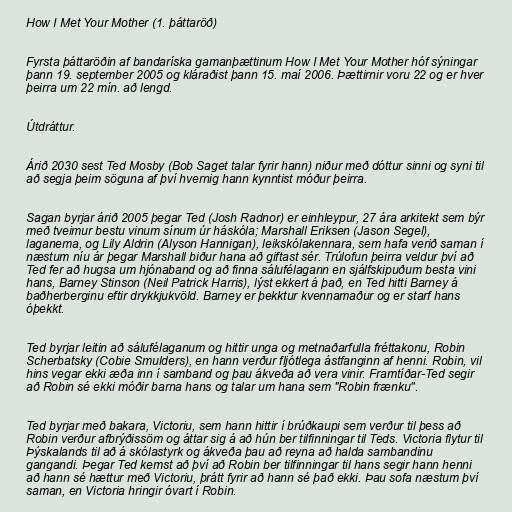
How I Met Your Mother (1. þáttaröð)

Fyrsta þáttaröðin af bandaríska gamanþættinum How I Met Your Mother hóf sýningar
þann 19. september 2005 og kláraðist þann 15. maí 2006. Þættirnir voru 22 og er hver
þeirra um 22 mín. að lengd.

Útdráttur.

Árið 2030 sest Ted Mosby (Bob Saget talar fyrir hann) niður með dóttur sinni og syni til
að segja þeim söguna af því hvernig hann kynntist móður þeirra.

Sagan byrjar árið 2005 þegar Ted (Josh Radnor) er einhleypur, 27 ára arkitekt sem býr
með tveimur bestu vinum sínum úr háskóla; Marshall Eriksen (Jason Segel),
laganema, og Lily Aldrin (Alyson Hannigan), leikskólakennara, sem hafa verið saman í
næstum níu ár þegar Marshall biður hana að giftast sér. Trúlofun þeirra veldur því að
Ted fer að hugsa um hjónaband og að finna sálufélagann en sjálfskipuðum besta vini
hans, Barney Stinson (Neil Patrick Harris), lýst ekkert á það, en Ted hitti Barney á
baðherberginu eftir drykkjukvöld. Barney er þekktur kvennamaður og er starf hans
óþekkt.

Ted byrjar leitin að sálufélaganum og hittir unga og metnaðarfulla fréttakonu, Robin
Scherbatsky (Cobie Smulders), en hann verður fljótlega ástfanginn af henni. Robin, vil
hins vegar ekki æða inn í samband og þau ákveða að vera vinir. Framtíðar-Ted segir
að Robin sé ekki móðir barna hans og talar um hana sem "Robin frænku".

Ted byrjar með bakara, Victoriu, sem hann hittir í brúðkaupi sem verður til þess að
Robin verður afbrýðissöm og áttar sig á að hún ber tilfinningar til Teds. Victoria flytur til
Þýskalands til að á skólastyrk og ákveða þau að reyna að halda sambandinu
gangandi. Þegar Ted kemst að því að Robin ber tilfinningar til hans segir hann henni
að hann sé hættur með Victoriu, þrátt fyrir að hann sé það ekki. Þau sofa næstum því
saman, en Victoria hringir óvart í Robin.